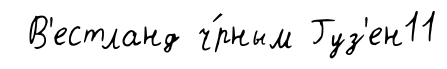
В'естланд ч́рным Гуз'ен11